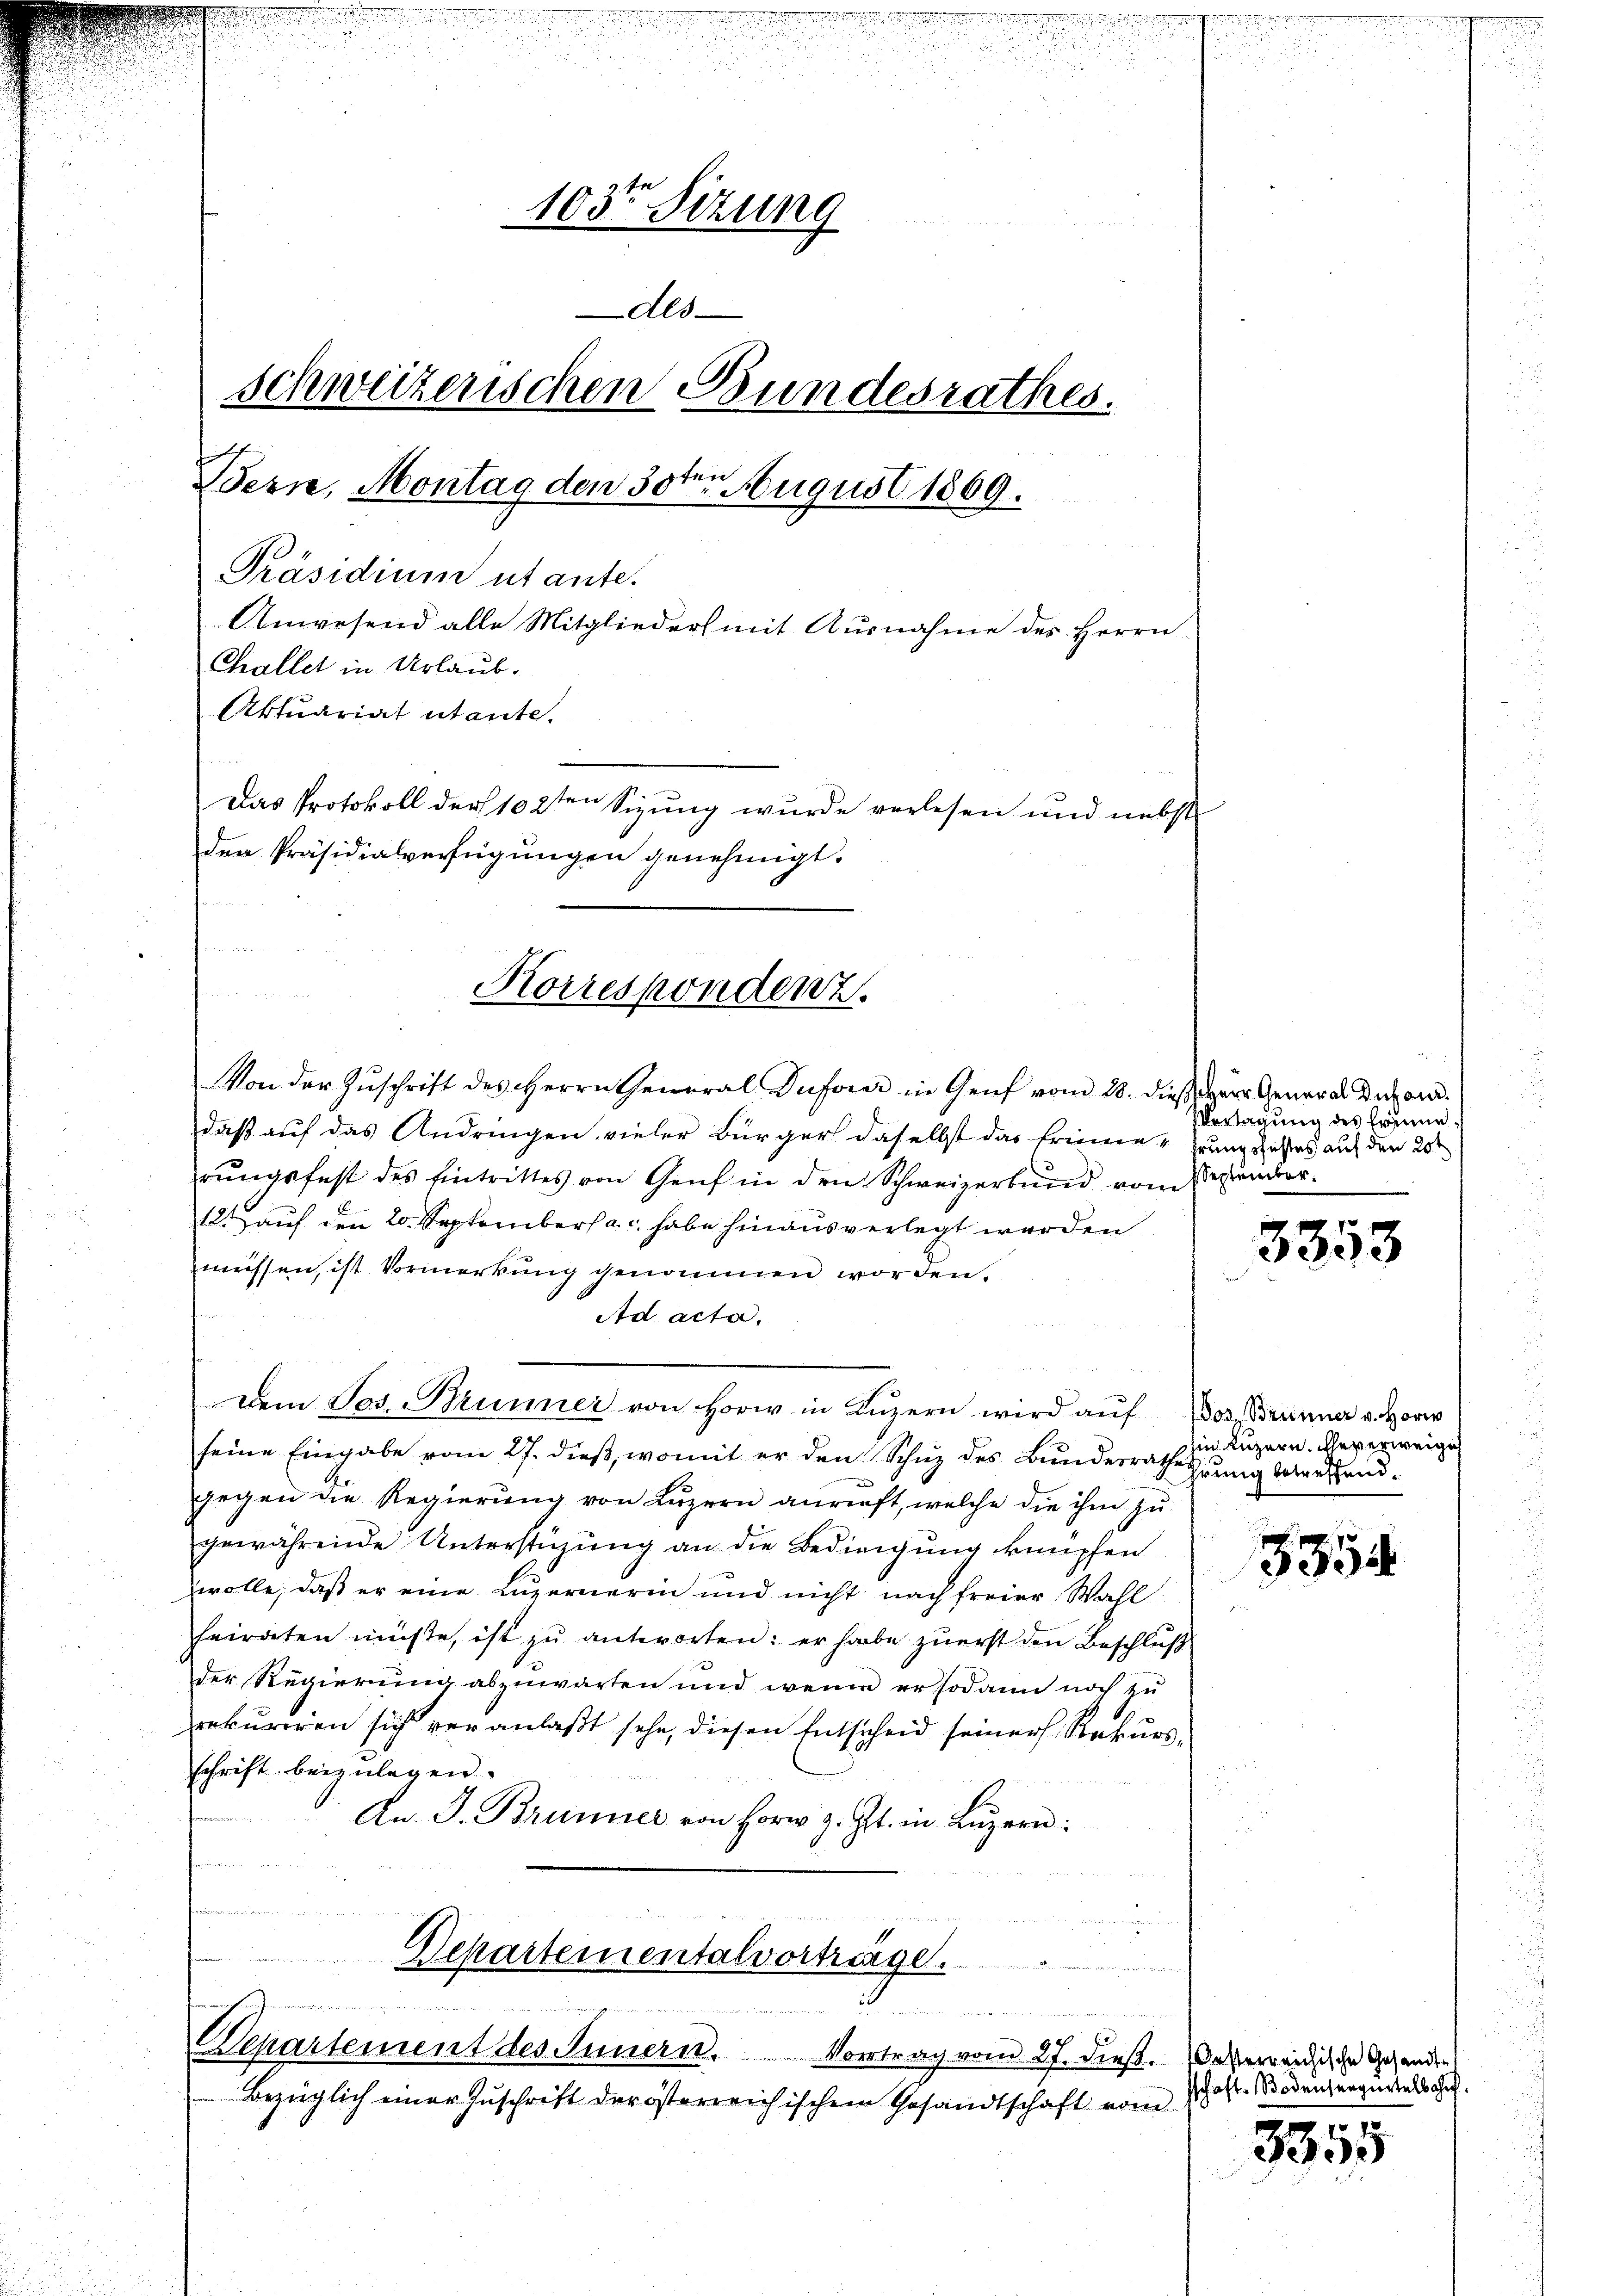
103te Sitzung
Als
schweizerischen Bundesrathes.

fen
Werne, Montag den 30. August 1869.
Präsidium utante.
Anwesend alle Mitglieders mit Ausnahme des Herrn
Challet in Urlaub.
Aktuariat utante.

Das Protokoll der 102ten Sizung wurde verlesen und nebst
den Präsidialverfügungen genehmigt.

Von der Zuschrift des Herrn General Duforer in Genf vom 28. dieß zur General Dekor
daß auf das Andringen vieler Bürger daselbst das Erinnerungsfahres auf den 20ten
rŭngsfest des Eintrittes von Genf in den Schweizerbund vom Segendor¬
12. auf den 20. September a. c. habe hinaus verlegt werden
müssen, ist Vormerkung genommen worden.
Ad acta.
Dem Jos. Brunner von Horw in Lŭzern wird aŭf Jos. Brunner v. Horw
seine Eingabe vom 27. dieß, womit er den Schuz des Bundesrathesuung betreffendgegen die Regierung von Luzern anrieft, welche die ihm zu
gewährende Unterstüzung an die Bedingung knüpfen
wolle, daß er eine Luzernerin und nicht nach freier Wahl
heiraten müßte, ist zu antworten: er habe zuerst den Beschluß
der Regierung abzuwarten und wenn er sodann noch zu
rekurren sich veranlaßt sehe, diesen Entscheid seiner Rekursschrift beizulegen.
An. J. Brunner von Horn z. Zt. in Lŭzern:
n

Korrespondenz.

Departementalvortringe.
n

Departement des Innern. Vortrag vom 27. dieß.
Bezüglich einer Zuschrift der österreichischem Gesandtschaft vom

VVertagung des Erinne
.

3353

Ein Luzern. Eheverweige

3354

Oesterreichische Gesandtschaft- Bodensergertelbahn.

3855